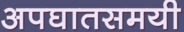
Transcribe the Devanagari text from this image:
अपघातसमयी